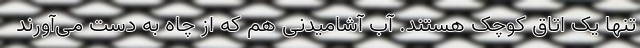
تنها یک اتاق کوچک هستند. آب آشامیدنی هم که از چاه به دست می‌آورند